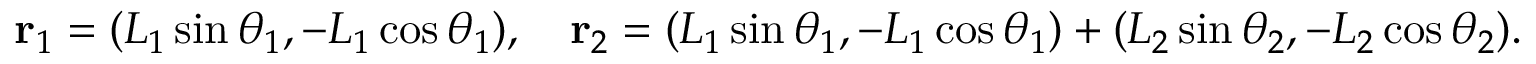
\mathbf { r } _ { 1 } = ( L _ { 1 } \sin \theta _ { 1 } , - L _ { 1 } \cos \theta _ { 1 } ) , \quad \mathbf { r } _ { 2 } = ( L _ { 1 } \sin \theta _ { 1 } , - L _ { 1 } \cos \theta _ { 1 } ) + ( L _ { 2 } \sin \theta _ { 2 } , - L _ { 2 } \cos \theta _ { 2 } ) .